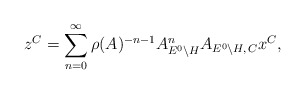
\begin{align*}z^C=\sum_{n=0}^\infty\rho(A)^{-n-1}A_{E^0\backslash H}^nA_{E^0\backslash H,\,C}x^C,\end{align*}